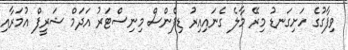
ވިފާގުގެ ހަށިގަނޑު މިރޭ މާލެ ގެނައިއިރު ޑިފެންސް މިނިސްޓަރު އަދަމް ޝަރީފް އުމަރާއި